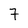
Character: 7